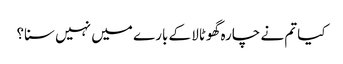
کیا تم نے چارہ گھوٹالا کے بارے میں نہیں سنا؟